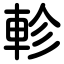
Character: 軫